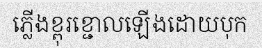
ភ្លើងខ្ពុរខ្ជោលឡើងដោយបុក